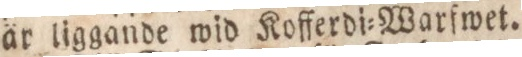
är liggande wid Kofferdi=Warfwet.